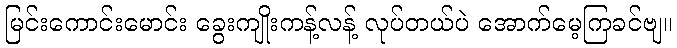
မြင်းကောင်းမောင်း ခွေးကျိုးကန့်လန့် လုပ်တယ်ပဲ အောက်မေ့ကြခင်ဗျ။